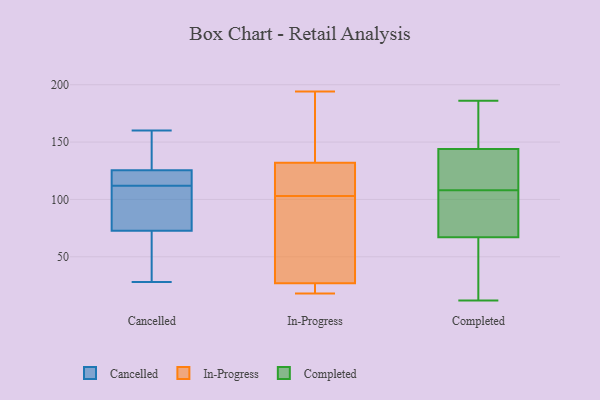
{"axis": {"x": "Revenue (USD Million)", "y": "Value"}, "legend": ["Cancelled", "Completed", "In-Progress"], "data": [{"x": "", "y": 125, "type": "Cancelled"}, {"x": "", "y": 28, "type": "Cancelled"}, {"x": "", "y": 72, "type": "Cancelled"}, {"x": "", "y": 120, "type": "Cancelled"}, {"x": "", "y": 119, "type": "Cancelled"}, {"x": "", "y": 160, "type": "Cancelled"}, {"x": "", "y": 136, "type": "Cancelled"}, {"x": "", "y": 90, "type": "Cancelled"}, {"x": "", "y": 112, "type": "Cancelled"}, {"x": "", "y": 127, "type": "Cancelled"}, {"x": "", "y": 89, "type": "Cancelled"}, {"x": "", "y": 61, "type": "Cancelled"}, {"x": "", "y": 73, "type": "Cancelled"}, {"x": "", "y": 106, "type": "In-Progress"}, {"x": "", "y": 103, "type": "In-Progress"}, {"x": "", "y": 132, "type": "In-Progress"}, {"x": "", "y": 194, "type": "In-Progress"}, {"x": "", "y": 173, "type": "In-Progress"}, {"x": "", "y": 33, "type": "In-Progress"}, {"x": "", "y": 18, "type": "In-Progress"}, {"x": "", "y": 84, "type": "In-Progress"}, {"x": "", "y": 25, "type": "In-Progress"}, {"x": "", "y": 132, "type": "In-Progress"}, {"x": "", "y": 21, "type": "In-Progress"}, {"x": "", "y": 67, "type": "Completed"}, {"x": "", "y": 186, "type": "Completed"}, {"x": "", "y": 63, "type": "Completed"}, {"x": "", "y": 75, "type": "Completed"}, {"x": "", "y": 166, "type": "Completed"}, {"x": "", "y": 122, "type": "Completed"}, {"x": "", "y": 105, "type": "Completed"}, {"x": "", "y": 110, "type": "Completed"}, {"x": "", "y": 107, "type": "Completed"}, {"x": "", "y": 12, "type": "Completed"}, {"x": "", "y": 155, "type": "Completed"}, {"x": "", "y": 109, "type": "Completed"}, {"x": "", "y": 24, "type": "Completed"}, {"x": "", "y": 144, "type": "Completed"}]}